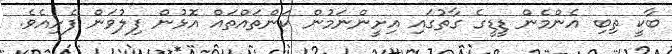
ބާކީ ތިބި އެންމެން ޑީޑީގެ ގާތުގައި އިށީންނަމުން ކަންތައްތައް އޮޅުން ފިލުވަން ފެށިއެވެ.